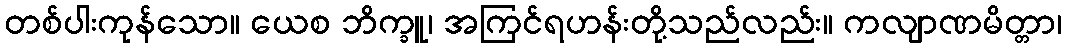
တစ်ပါးကုန်သော။ ယေစ ဘိက္ခူ၊ အကြင်ရဟန်းတို့သည်လည်း။ ကလျာဏမိတ္တာ၊